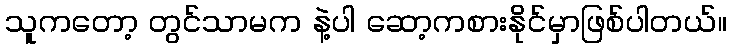
သူကတော့ တွင်သာမက နဲ့ပါ ဆော့ကစားနိုင်မှာဖြစ်ပါတယ်။